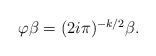
LaTeX: \begin{align*}\begin{aligned}\varphi\beta=(2i\pi)^{-k/2}\beta.\end{aligned}\end{align*}